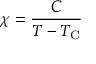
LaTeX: \chi = { \frac { C } { T - T _ { \mathrm { C } } } }